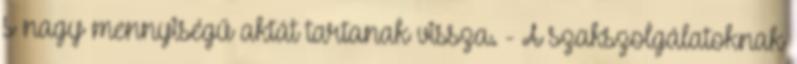
s nagy mennyiségű aktát tartanak vissza. - A szakszolgálatoknak